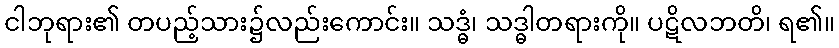
ငါဘုရား၏ တပည့်သား၌လည်းကောင်း။ သဒ္ဓံ၊ သဒ္ဓါတရားကို။ ပဋိလဘတိ၊ ရ၏။